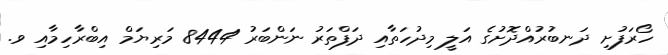
ހޯރަފުށި ދަނބުރުއްދޮށުގެ އަލީ މިދުހަތާއި ދަފްތަރު ނަންބަރު 8444 މަރިޔަމް އިބްރާހިމާއި ވ.